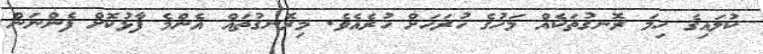
ކުލައިގެ ހިމަ ރޮނގުތަކެއް މަހުގެ ހުރަހަށް ހުރެއެވެ. މިރޮނގުތައް އެންމެ ފާޅުކޮށް ފެންނަން